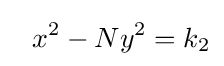
\ \ x^{2}-Ny^{2}=k_{2}